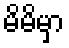
မိမိမှာ